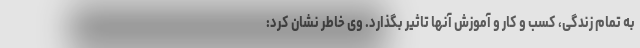
به تمام زندگی، کسب و کار و آموزش آنها تاثیر بگذارد. وی خاطر نشان کرد: